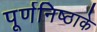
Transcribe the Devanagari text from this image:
पूर्णनिष्ठाके